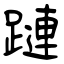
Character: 蹥